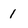
Character: 1